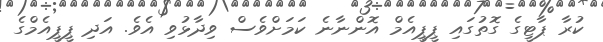
ކުރާ ޕާޓީގެ ގޮތުގައި ޕީޕީއެމް އޮންނާނެ ކަމަށްވެސް ވިދާޅުވި އެވެ. އަދި ޕީޕީއެމްގެ